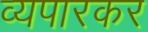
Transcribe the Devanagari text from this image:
व्यपारकर